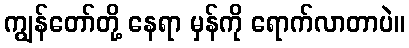
ကျွန်တော်တို့ နေရာ မှန်ကို ရောက်လာတာပဲ။